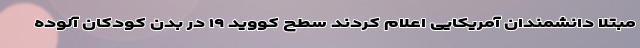
مبتلا دانشمندان آمریکایی اعلام کردند سطح کووید ۱۹ در بدن کودکان آلوده